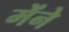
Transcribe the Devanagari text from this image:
मेंने